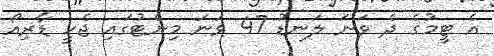
އެ ޓީމުގެ ދެ ވަނަ ލަނޑު 47 ވަނަ މިނެޓުގައި ޖެހީ ޑާރިއޯ